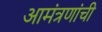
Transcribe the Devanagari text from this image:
आमंत्रणांची